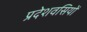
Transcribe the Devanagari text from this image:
प्रदेशवसियों